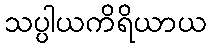
သပ္ပါယကိရိယာယ